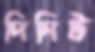
দিনিট